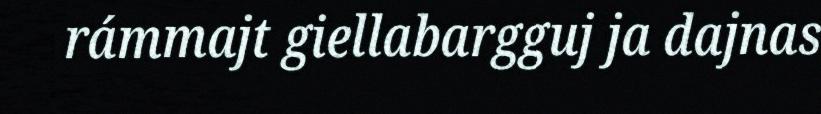
rámmajt giellabargguj ja dajnas